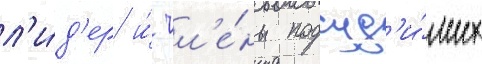
л'и́д'ер и́ чл'е́ны подсуд'и́мых